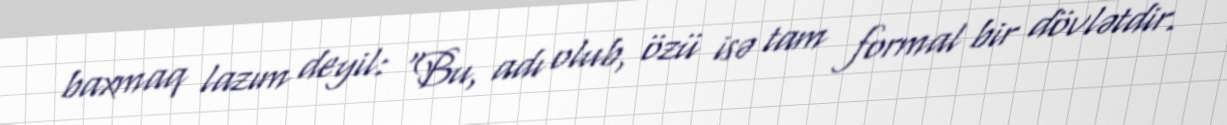
baxmaq lazım deyil: “Bu, adı olub, özü isə tam formal bir dövlətdir.